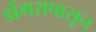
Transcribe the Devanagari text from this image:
डोंगरापासून